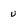
Character: v